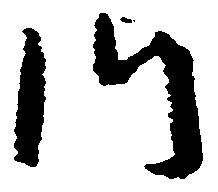
門